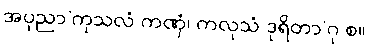
အပုညာ’ကုသလံ ကဏှံ၊ ကလုသံ ဒုရိတာ’ဂု စ။